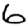
Digit: 6